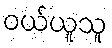
ဝယ်ယူသူ